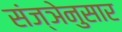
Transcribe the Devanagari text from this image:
संज्ञेनुसार